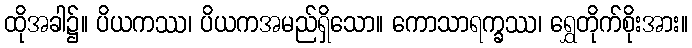
ထိုအခါ၌။ ပိယကဿ၊ ပိယကအမည်ရှိသော။ ကောသာရက္ခဿ၊ ရွှေတိုက်စိုးအား။